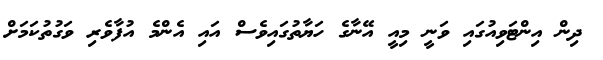
ދިން އިންޓަވިއުގައި ވަނީ މިއީ އޭނާގެ ހަޔާތުގައިވެސް އައި އެންމެ އުފާވެރި ވަގުތުކަމަށް